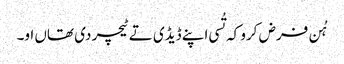
‏ ہُن فرض کرو کہ تُسی اپنے ڈیڈی تے ٹیچر دی تھاں او۔